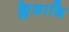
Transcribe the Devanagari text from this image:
क्लेशादि